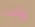
وقت